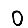
Digit: 0